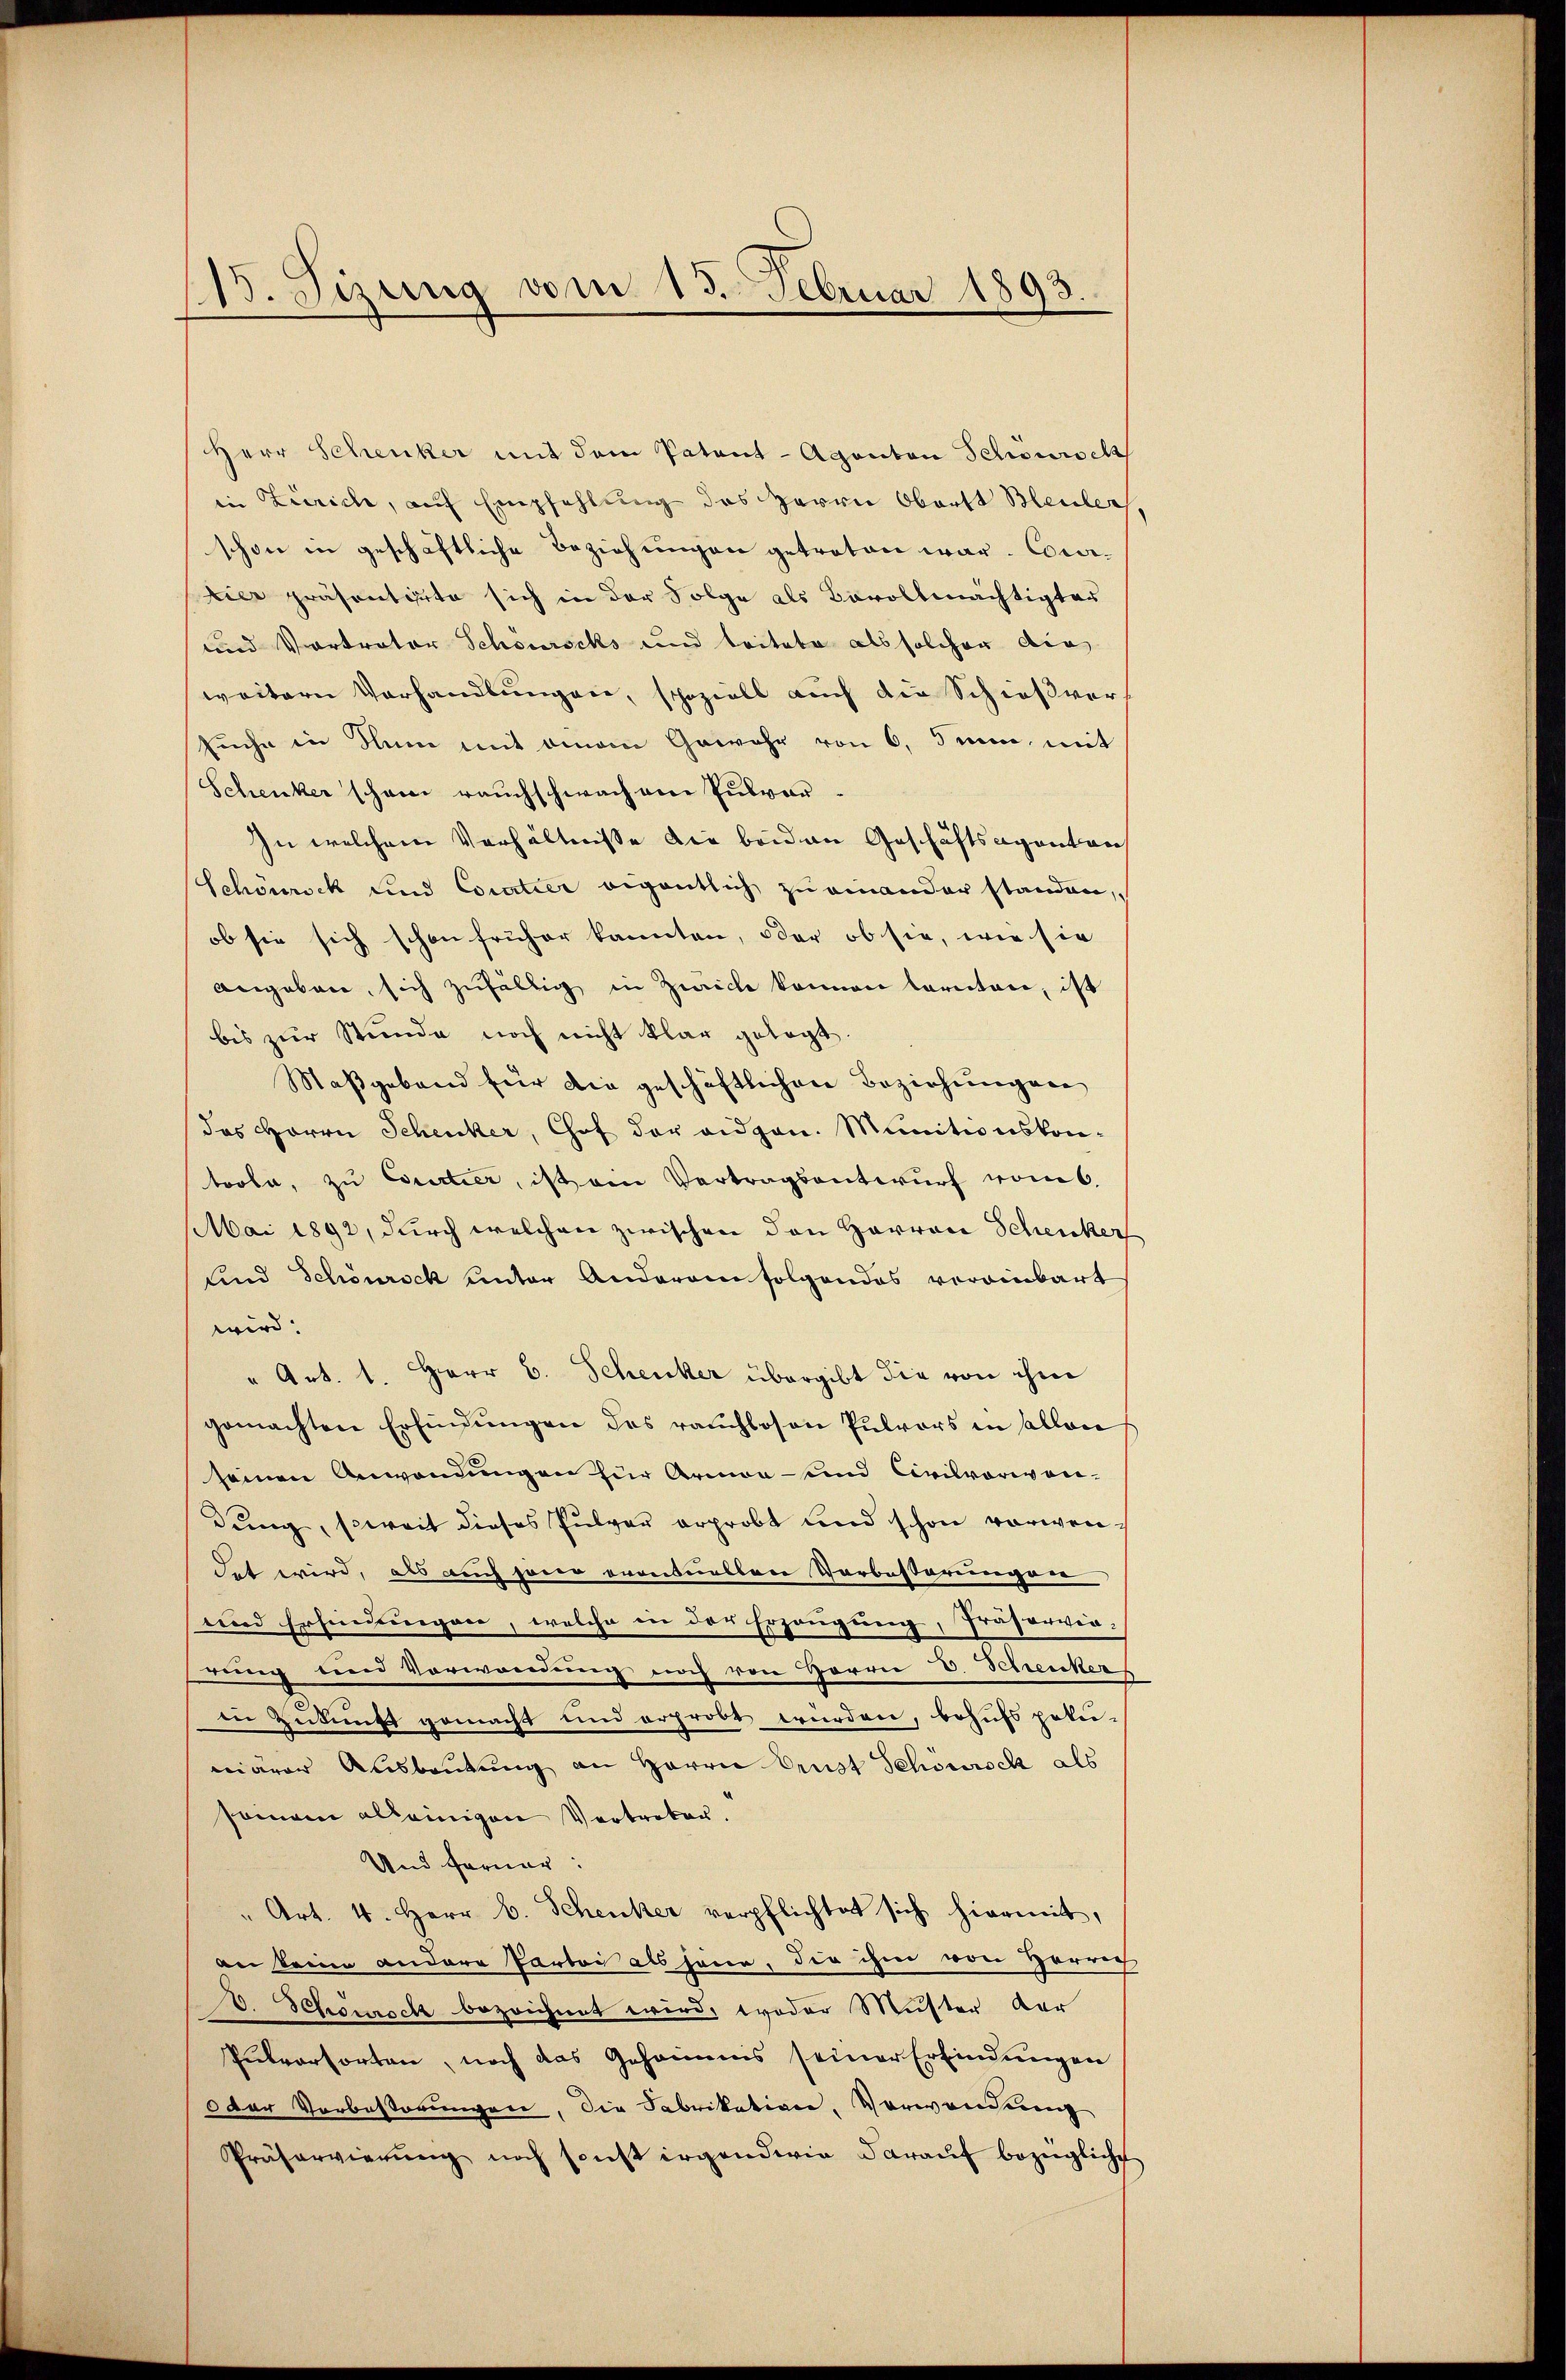
115. Sizung vom 13. Februar 1893.

Herr Schenker mit dem Patent-Agenton Schönrock
in Zürich, auf Empfehlung des Herrn Oberst Bleuler
schon in geschaftliche Beziehungen getreten war. Comi-
hier präsentirte sich in der Folge als Bevollmächtigter
und Vortrator Schönrocks und leitete als solcher die
weitern Verhandlungen, speziell auch die Schießver
suche in Nun mit einem Gewehr von 6. Juni, mit
Schenker schon rauchschwachene Pulver¬
In welchem Verhältnisse die beiden Geschäftsagenton
Schönrock und Coratier eigentlich zu einander standen,
ob sie sich schon früher kannten, oder ob sie, wie sie
angeben sich zufällig in Zwicke können Caritore, ist
bis zur Stunde noch nicht klar gelegt.
Maßgebend für die geschäftlichen Beziehungen
das Herrn Schenker, Chof der eidgen. Munitionskontoola, zu Courtier, ist ein Vertragsantwurf vom 6.
Mai 1892, durch welchen zwischen den Harron Schenker
sind Schönrock unter Anderen folgendes verainbart
wird.
" Art. 1. Herr C. Schenker übergibt die von ihm
gemachten Erfindŭngen des rauchlosen Pulvors in allon
seinen Anwendungen zur Armen - und Civilvorwandung, soweit dieses Pulver erprobt und schon vorwendet wird, als auch jeder eventuellen Vorbesterungen
und Erheinungen, welche in der Erzeugung, Präservia-
rung und Vorwandung noch von Herrn V. Schenker
in Zukunft gemacht und erprobt wurden, behufs pote-
märer Ausbeutung an Herrn Ernst Schönrock als
somain alleinigen Vertreten.
Und ferner:
" Art. 4. Herr b. Schenker verpflichtet sich hiermit,
an keine andere Partei als jene, die ihm von Herrn
. Schönroch bezeichnet wird, woder Muster der
Putvorsorten, noch das Geheimnis seiner Erfindungen
der Vorbestörungen, die Fabrikation, Vorwandung
Präservierŭng noch sonst irgendwie daraŭf bezügliche